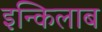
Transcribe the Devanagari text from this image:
इन्किलाब